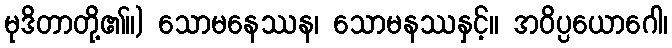
မုဒိတာတို့၏။) သောမနေဿန၊ သောမနဿနှင့်။ အဝိပ္ပယောဂေါ၊